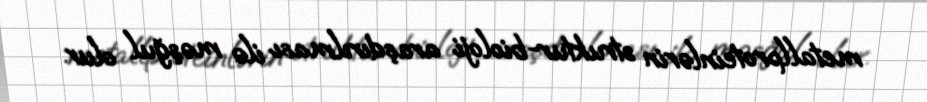
metallproteinlərin struktur-bioloji araşdırılması ilə məşğul olur.